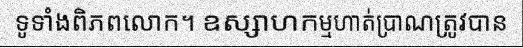
ទូទាំងពិភពលោក។ ឧស្សាហកម្មហាត់ប្រាណត្រូវបាន